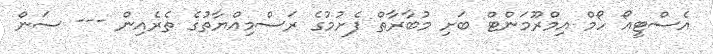
އެސްޓީއޯ ހޯމް އިމްރޫމަންޓް ބަށި މުބާރާތް ފެށުމުގެ ރަސްމިއްޔާތުގެ ތެރެއިން --- ސަން